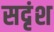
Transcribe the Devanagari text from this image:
सदृंश